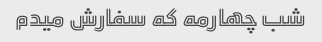
شب چهارمه که سفارش میدم